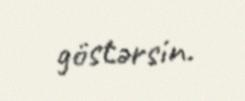
göstərsin.